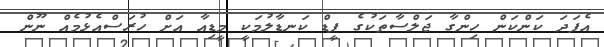
އެފަދަ ކަންކަން ހިިންގާ ޖަލްސާތަކުގެ ފީޑް ކަނޑާލުމަކީ މީޑިއާ އަށް ހުރަސްއެޅުމެއް ނޫން